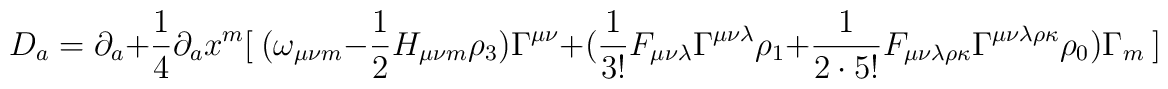
D_a =\partial_a + { 1 \over 4}\partial_a x^m \big[\     (\omega_{ \mu \nu m} - {1\over 2}  H_{ \mu  \nu m} \rho_3) \Gamma^{ \mu  \nu}+( { 1 \over  3!} F_{\mu\nu\lambda} \Gamma^{\mu\nu\lambda} \rho_1  + { 1 \over 2\cdot  5!} F_{\mu\nu\lambda\rho\kappa} \Gamma^{ \mu\nu\lambda\rho\kappa}\rho_0 ) \Gamma_m\  \big]